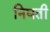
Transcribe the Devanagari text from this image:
निघती